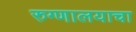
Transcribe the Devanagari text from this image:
रुग्णालयाचा